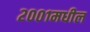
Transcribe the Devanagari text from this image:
२००१मधील